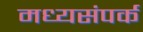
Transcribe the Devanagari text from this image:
मध्यसंपर्क